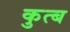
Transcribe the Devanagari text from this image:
कुत्ब